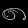
Digit: ၈